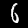
Label: 6